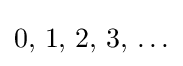
0,\,1,\,2,\,3,\,\ldots